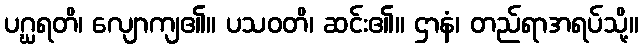
ပဂ္ဃရတိ၊ လျောကျ၏။ ပသဝတိ၊ ဆင်း၏။ ဌာနံ၊ တည်ရာအရပ်သို့။